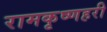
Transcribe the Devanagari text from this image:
रामकृष्णहरी